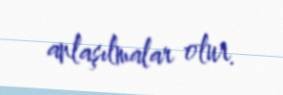
anlaşılmalar olur.